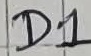
Text: D1